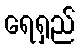
ရေရှည်